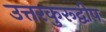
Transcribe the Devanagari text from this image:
उत्तरकुरूद्वीप